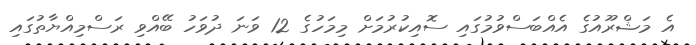
އެ މަޝްރޫއުގެ އެއްބަސްވުމުގައި ސޮއިކުރުމަށް މިމަހުގެ 12 ވަނަ ދުވަހު ބޭއްވި ރަސްމިއްޔާތުގައި